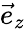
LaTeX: \vec{e}_{z}